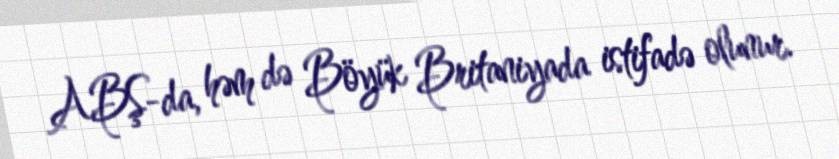
ABŞ-da, həm də Böyük Britaniyada istifadə olunur.